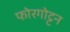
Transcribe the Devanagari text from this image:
फोरगोट्टन